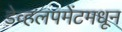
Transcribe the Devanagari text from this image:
डेव्हलपमेंटमधून